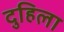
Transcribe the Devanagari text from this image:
दुहिला